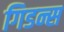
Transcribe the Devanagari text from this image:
गिडन्स